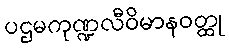
ပဌမကုဏ္ဍလီဝိမာနဝတ္ထု